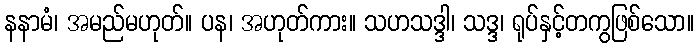
နနာမံ၊ အမည်မဟုတ်။ ပန၊ အဟုတ်ကား။ သဟသဒ္ဒါ၊ သဒ္ဒ၊ ရုပ်နှင့်တကွဖြစ်သော။